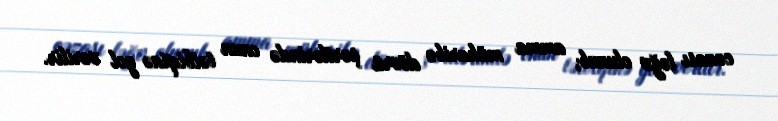
cəzası ləğv olunub, amma müharibə dövrü şərtlərində onun tətbiqinə yol verilir.